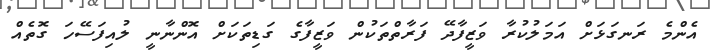
އެންމެ ރަނގަޅަށް އަމަލުކުރާ ވަޒީފާދޭ ފަރާތްތަކުން ވަޒީފާގެ ގަޑިތަކަށް އޮންނާނީ ލުއިފަސޭހަ ގޮތެއް